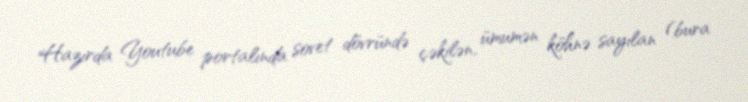
Hazırda Youtube portalında sovet dövründə çəkilən, ümumən köhnə sayılan (bura